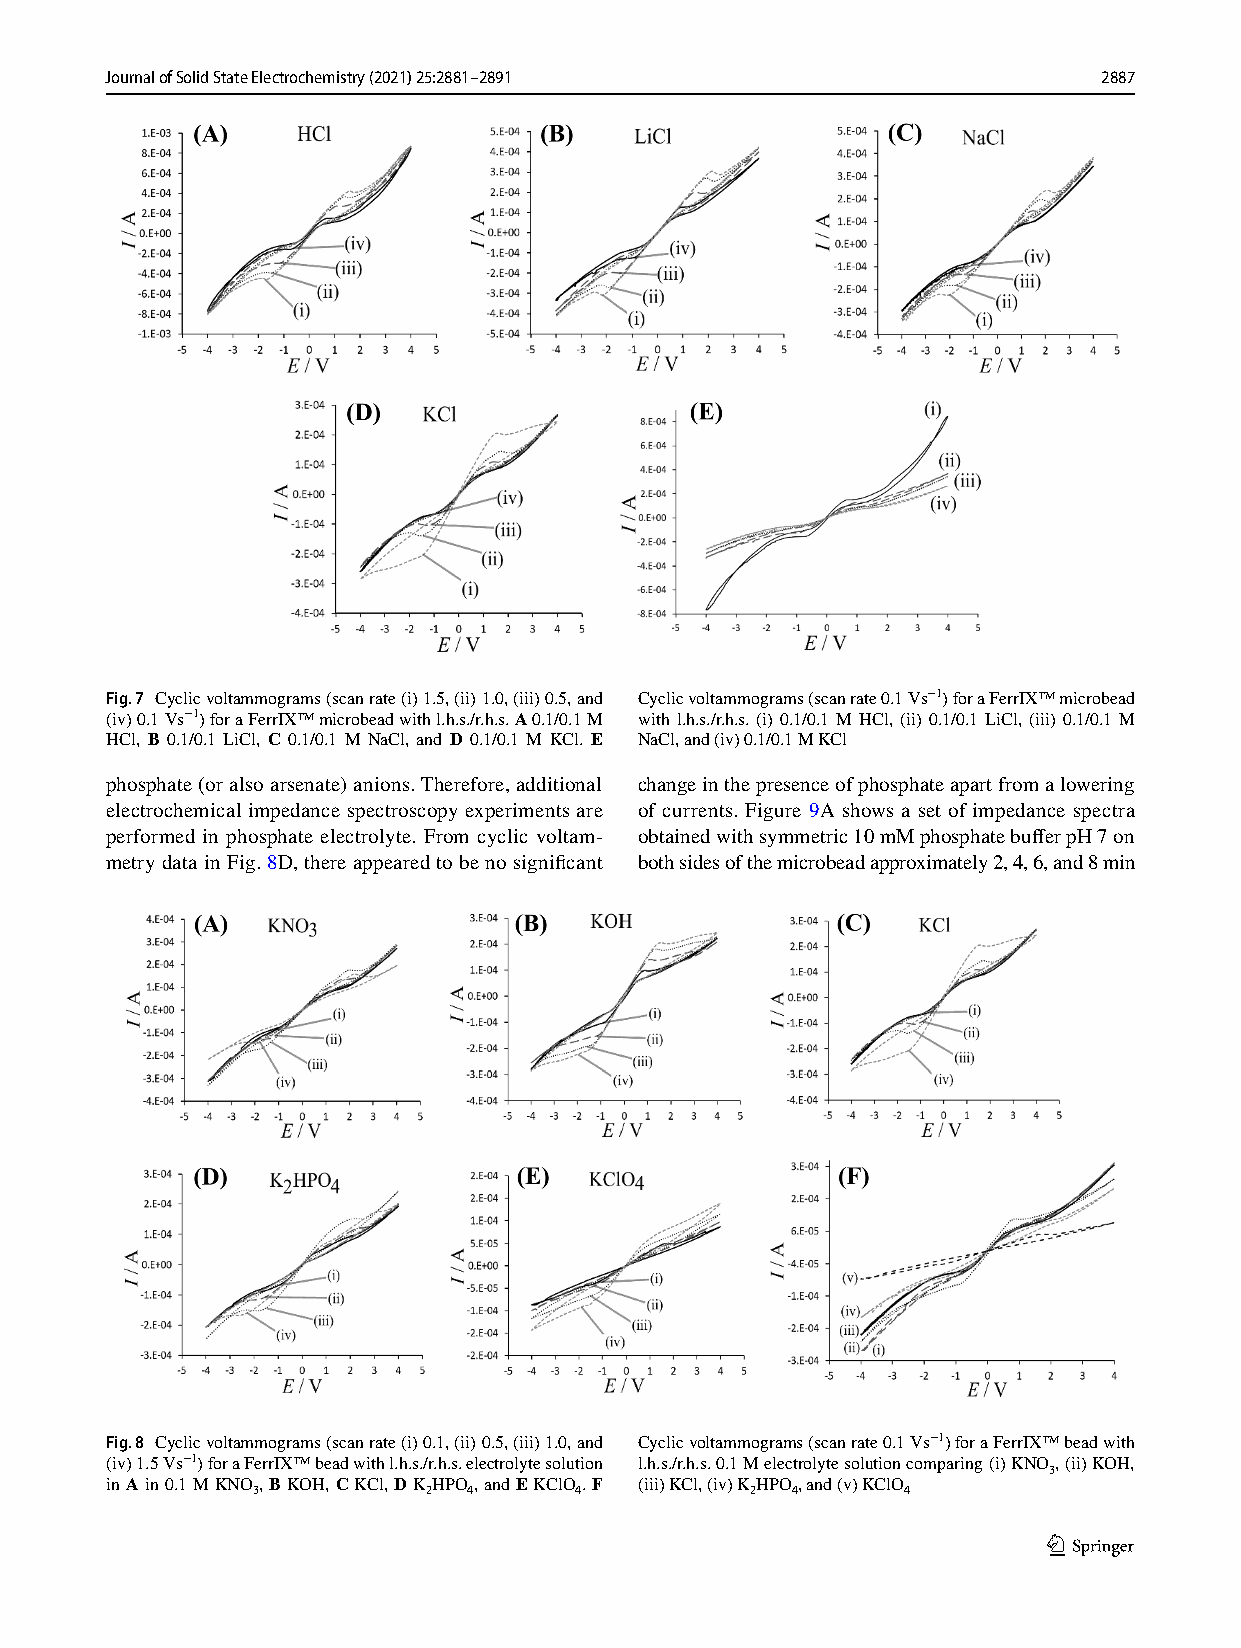
Journal of Solid State Electrochemistry (2021) 25:2881–2891       2887
 Fig. 7 Cyclic voltammograms (scan rate (i) 1.5, (ii) 1.0, (iii) 0.5, and Cyclic voltammograms (scan rate 0.1 Vs−1) for a FerrIX™ microbead
 (iv) 0.1 V s−1) for a FerrIX™ microbead with l.h.s./r.h.s. A 0.1/0.1 M with l.h.s./r.h.s. (i) 0.1/0.1 M HCl, (ii) 0.1/0.1 LiCl, (iii) 0.1/0.1 M
 HCl, B 0.1/0.1 LiCl, C 0.1/0.1 M NaCl, and D 0.1/0.1 M KCl. E NaCl, and (iv) 0.1/0.1 M KCl
 phosphate (or also arsenate) anions. Therefore, additional change in the presence of phosphate apart from a lowering
 electrochemical impedance spectroscopy experiments are of currents. Figure 9A shows a set of impedance spectra
 performed in phosphate electrolyte. From cyclic voltam- obtained with symmetric 10 mM phosphate buffer pH 7 on
 metry data in Fig. 8D, there appeared to be no significant both sides of the microbead approximately 2, 4, 6, and 8 min
 Fig. 8 Cyclic voltammograms (scan rate (i) 0.1, (ii) 0.5, (iii) 1.0, and Cyclic voltammograms (scan rate 0.1 V s−1) for a FerrIX™ bead with
 (iv) 1.5 Vs−1) for a FerrIX™ bead with l.h.s./r.h.s. electrolyte solution l.h.s./r.h.s. 0.1 M electrolyte solution comparing (i) K NO, (ii) KOH,
 3
 in A in 0.1 M K NO 3, B KOH, C KCl, D K 2HPO 4, and E KClO 4. F (iii) KCl, (iv) K 2HPO 4, and (v) KClO 4
 1 3